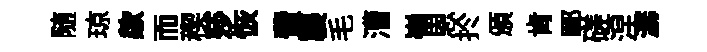
随琼歘而稧莎恢費襲毛漕嶺恩扵頒肯鄆磋涅潺